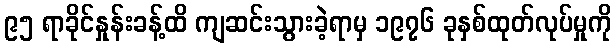
၉၅ ရာခိုင်နှုန်းခန့်ထိ ကျဆင်းသွားခဲ့ရာမှ ၁၉၇၆ ခုနှစ်ထုတ်လုပ်မှုကို